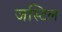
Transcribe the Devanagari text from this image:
जस्टिल